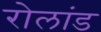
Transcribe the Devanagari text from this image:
रोलांड